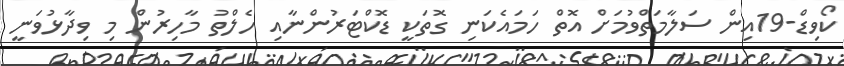
ކޯވިޑް-19އިން ސަލާމަތްވުމަށް އޮތް ހަމައެކަނި ގޮތަކީ ޑޮކްޓަރުންނާއި ހެލްތު މާހިރުން މި ވިދާޅުވަނީ